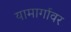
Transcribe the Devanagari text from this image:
यामार्गावर